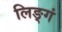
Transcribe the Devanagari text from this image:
लिङ्गं